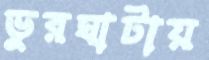
ভুরঘাটায়